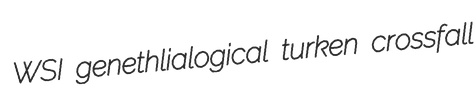
WSI genethlialogical turken crossfall